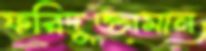
ফরিদুজ্জামান